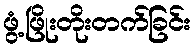
ဖွံ့ဖြိုးတိုးတက်ခြင်း